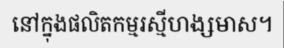
នៅក្នុងផលិតកម្មរស្មីហង្សមាស។